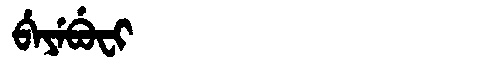
Manchu: ᠪᡝᠶᡝᠪᡠᠸᡳ
Romanization: BEYEBUFI